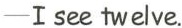
-I see twelve.